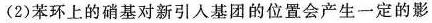
(2)苯环上的硝基对新引人基团的位置会产生一定的影